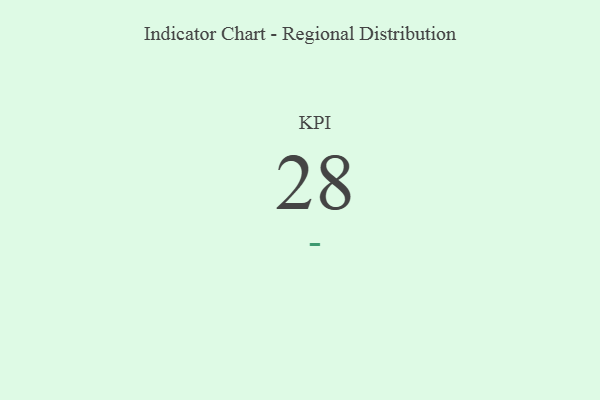
{"axis": {"x": "KPI", "y": "Value"}, "legend": [""], "data": [{"x": "KPI", "y": 28, "type": ""}]}